Annual report on the lock hospitals of the Madras Presidency
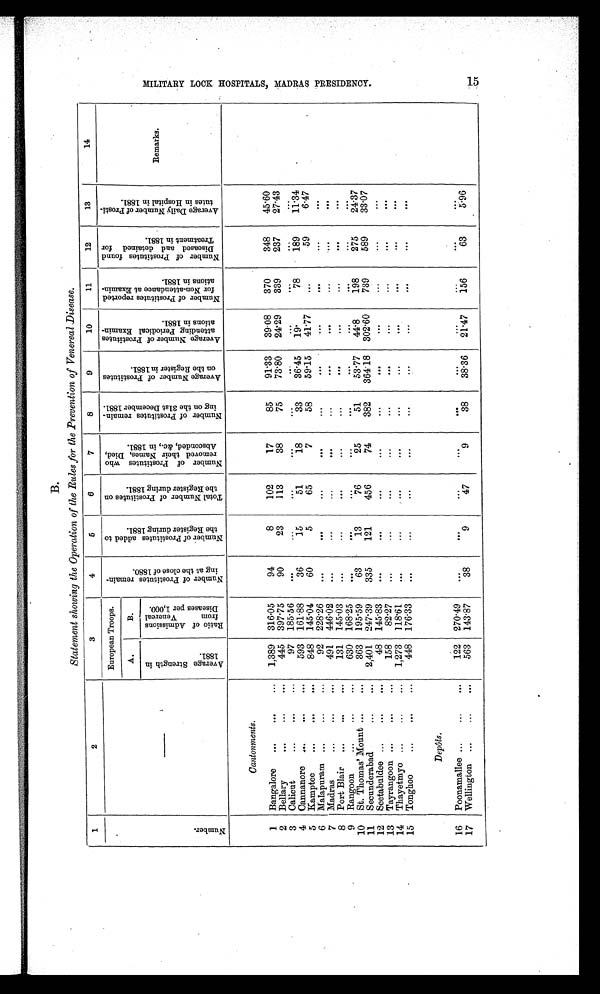
B.
Statement showing the Operation of the Rules for the Prevention of Venereal Disease.
1
2
3
4
5
6
7
8
9
10
11
12
13
14
N u m b e r
—
European Troops.
N o o f P r o s t i t u t e s r e m a i n i n g a t t h e c l o s e o f 8 8 0 .
N u m b e r o f P r o s t i t u t e s a d d e d t o t h e R e g i s t e r d u r i n g o f 1 8 8 1 .
T o t a l N u m b e r o f p r o s t i t u t e s o n t h e R e g i s t r a t i o n d u r i n g 1 8 8 1 . N u m b e r o f P r o s t i t u t e s r e m o v e d t h e i r N a m e s , D i e d , A b s c o n d e d , & c . i n 1 8 8 1 .
N u m b e r o f P r o s t i t u t e s r e m a i n i n g o n 3 1 s t D e c e m b e r 1 8 8 1 .
A v e r a g e n u m b e r o f P r o s t i t u t e s o n t h e R e g i s t e r i n 1 8 8 1 .
A v e r a g e n u m b e r o f P r o s t i t u t e s a t t e n d i n g P e r i o d i c a l E x a m i n a t i o n s i n 1 8 8 1 .
N u m b e r o f P r o s t i t u t e s r e p o r t e d f o r N o n a t t e n d a n c e a t E x a m i n a t i o n s i n 1 8 8 1 .
N u m b e r o f P r o s t i t u t e s f o u n d D i s e a s e d a n d d e t a i n e d f o r T r e a t m e n t i n 1 8 8 1 .
A v e r a g e D a i l y N u m b e r o f P r o s t i t u t e s i n H o s p i t a l i n 1 8 8 1 .
Remarks.
A.
B.
A v e r a g e s t r e n g t h i n 1 8 8 1
R a t i o o f A d m i s s i o n s f r o m V e n e r e a l D i s e a s e s p e r 1 , 0 0 0
Cantonments.
1
Bangalore
...
...
...
1,389
316.5
94
8
102
17
85
91.3
39.8
370
348
45.60
2
445
397.75
90
23
113
38
75
73.80
24.9
339
237
27.3
Bellary
.....
. . .
3
Calicut
.......
97
185.6
. .
...
. . .
. . .
. . .
. . .
. . .
. . .
. . .
. . .
593 161.8
36
15
51
18
33
36.45
19
78
189
11.34
.
4
Cannanore
...
...
. . .
59.15
41.77
...
59
6.47
5
Kamptee
...
...
...
848
145.04
60
5
65
7
58
6
Malapuram ...
...
...
92
228.26
. . .
. . .
...
. . .
...
. . .
. . .
. . .
. . .
. . .
7
Madras
...
...
...
491
446.02
...
...
...
. . .
. . .
...
. . .
...
...
. . .
8
Port Blair
...
... . . .
131
145.03
. . .
...
...
...
...
. . .
...
. . .
. . .
. . .
168.25
9
Rangoon
...
...
...
630
. . .
. . .
...
...
. . .
...
...
. . .
. . .
. . .
10
St. Thomas' Mount ...
. . .
363
195.59
63
13
76
25
51
53.77
44.8
198
275
24.37
11
Secunderabad
...
. . .
2,401
247.39
335
121
456
74
382
364.18
302.60
739
589
33.07
12
Seetabuldee ...
...
. . .
48 145.83
. . .
...
...
. . .
. . .
. . .
...
. . .
. . .
. . .
13
Tayrangoon ...
...
...
158
82.27
...
...
...
...
...
. . .
...
. . .
. . .
14
Thayetmyo ...
...
...
1,273
118.61
. . .
...
...
...
...
...
. . .
. . .
. . .
. . .
15
Tonghoo
...
...
...
448 176.33
. . .
...
. . .
...
...
...
. . .
. . .
. . .
. . .
Depôts.
16
Poonamallee ...
...
. . .
122 270.49
. . .
. . .
...
. . .
...
. . .
...
...
. . .
. . .
38.36
21.47
156
63
5.96
17
Wellington ...
...
. . .
563
143.87
38
9
47
9
38
M I L L I T A R Y L O C K H O S P I T A L S , M A D R A S P R E S I D E N C Y .